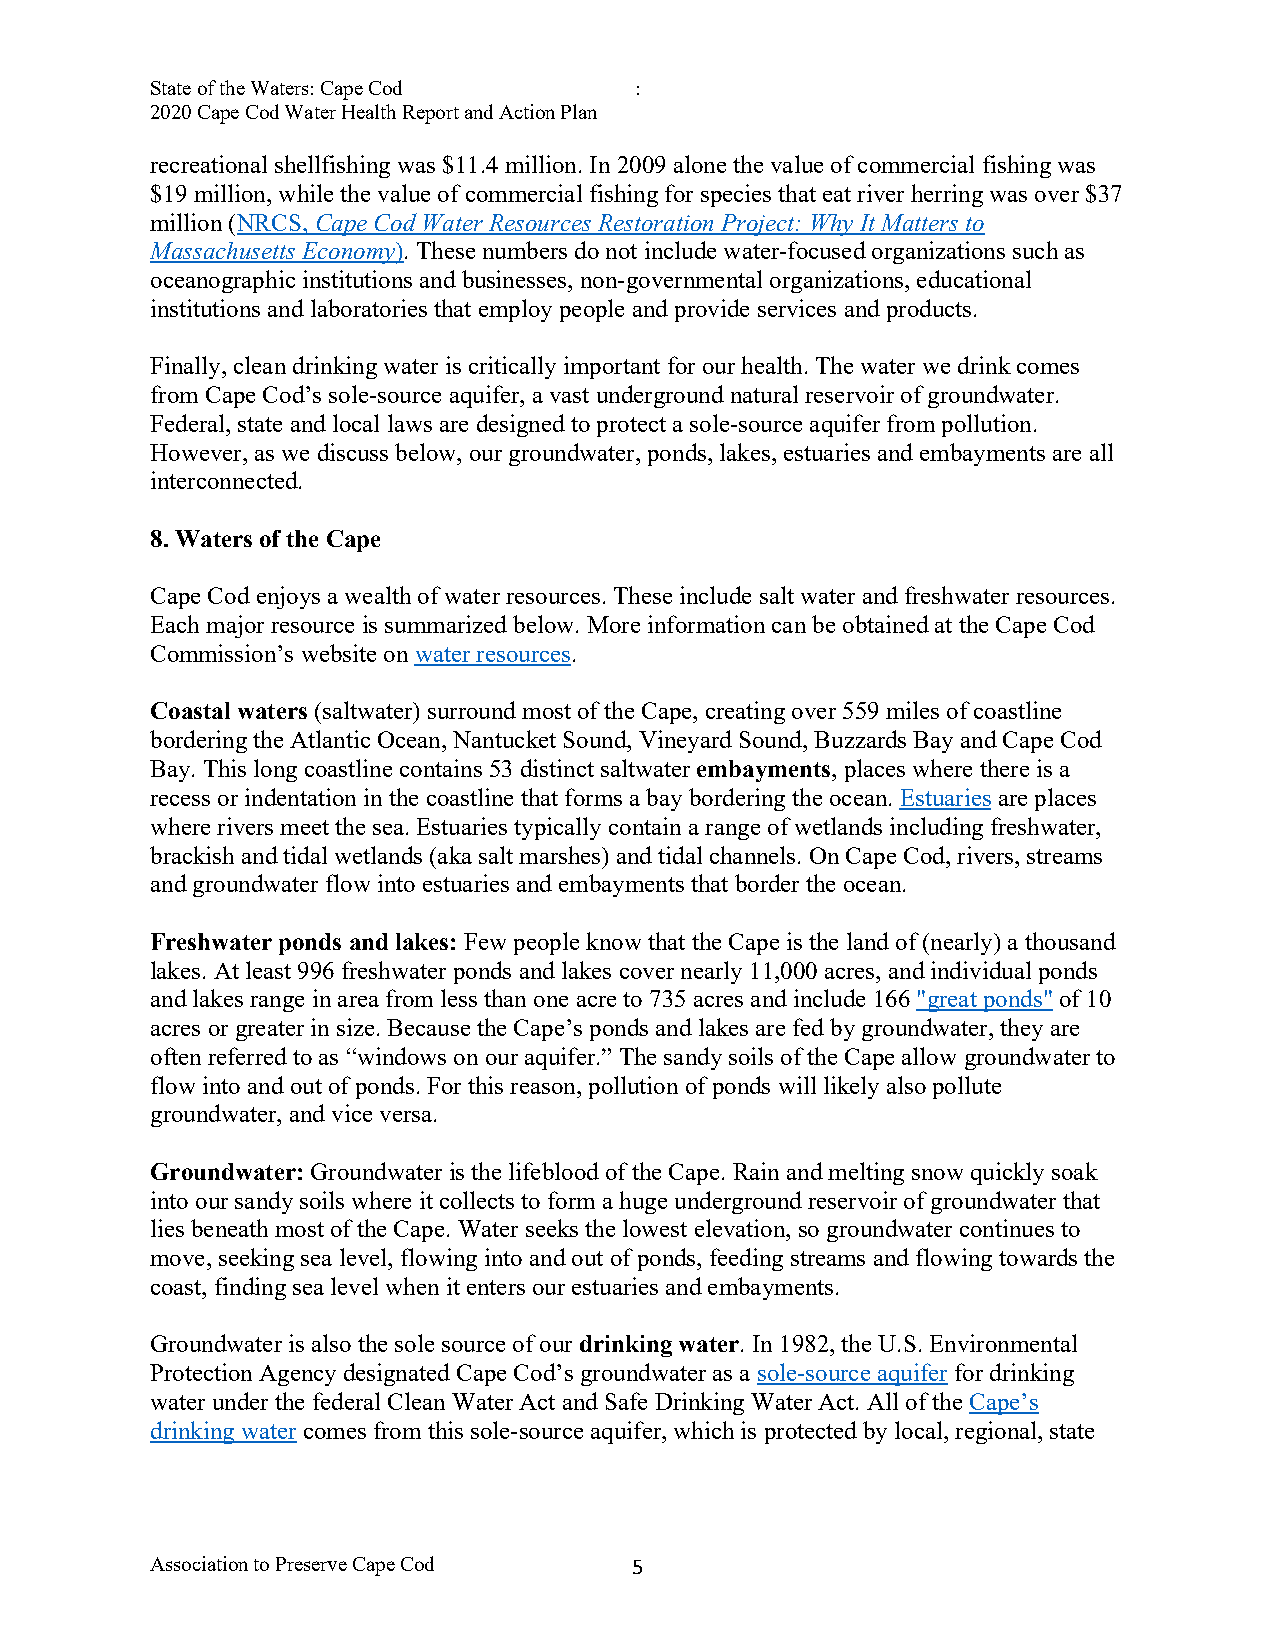
State of the Waters: Cape Cod   :
 2020 Cape Cod Water Health Report and Action Plan
 recreational shellfishing was $11.4 million. In 2009 alone the value of commercial fishing was
 $19 million, while the value of commercial fishing for species that eat river herring was over $37
 million (NRCS, Cape Cod Water Resources Restoration Project: Why It Matters to
 Massachusetts Economy). These numbers do not include water-focused organizations such as
 oceanographic institutions and businesses, non-governmental organizations, educational
 institutions and laboratories that employ people and provide services and products.
 Finally, clean drinking water is critically important for our health. The water we drink comes
 from Cape Cod’s sole-source aquifer, a vast underground natural reservoir of groundwater.
 Federal, state and local laws are designed to protect a sole-source aquifer from pollution.
 However, as we discuss below, our groundwater, ponds, lakes, estuaries and embayments are all
 interconnected.
 8. Waters of the Cape
 Cape Cod enjoys a wealth of water resources. These include salt water and freshwater resources.
 Each major resource is summarized below. More information can be obtained at the Cape Cod
 Commission’s website on water resources.
 Coastal waters (saltwater) surround most of the Cape, creating over 559 miles of coastline
 bordering the Atlantic Ocean, Nantucket Sound, Vineyard Sound, Buzzards Bay and Cape Cod
 Bay. This long coastline contains 53 distinct saltwater embayments, places where there is a
 recess or indentation in the coastline that forms a bay bordering the ocean. Estuaries are places
 where rivers meet the sea. Estuaries typically contain a range of wetlands including freshwater,
 brackish and tidal wetlands (aka salt marshes) and tidal channels. On Cape Cod, rivers, streams
 and groundwater flow into estuaries and embayments that border the ocean.
 Freshwater ponds and lakes: Few people know that the Cape is the land of (nearly) a thousand
 lakes. At least 996 freshwater ponds and lakes cover nearly 11,000 acres, and individual ponds
 and lakes range in area from less than one acre to 735 acres and include 166 "great ponds" of 10
 acres or greater in size. Because the Cape’s ponds and lakes are fed by groundwater, they are
 often referred to as “windows on our aquifer.” The sandy soils of the Cape allow groundwater to
 flow into and out of ponds. For this reason, pollution of ponds will likely also pollute
 groundwater, and vice versa.
 Groundwater: Groundwater is the lifeblood of the Cape. Rain and melting snow quickly soak
 into our sandy soils where it collects to form a huge underground reservoir of groundwater that
 lies beneath most of the Cape. Water seeks the lowest elevation, so groundwater continues to
 move, seeking sea level, flowing into and out of ponds, feeding streams and flowing towards the
 coast, finding sea level when it enters our estuaries and embayments.
 Groundwater is also the sole source of our drinking water. In 1982, the U.S. Environmental
 Protection Agency designated Cape Cod’s groundwater as a sole-source aquifer for drinking
 water under the federal Clean Water Act and Safe Drinking Water Act. All of the Cape’s
 drinking water comes from this sole-source aquifer, which is protected by local, regional, state
 Association to Preserve Cape Cod 5